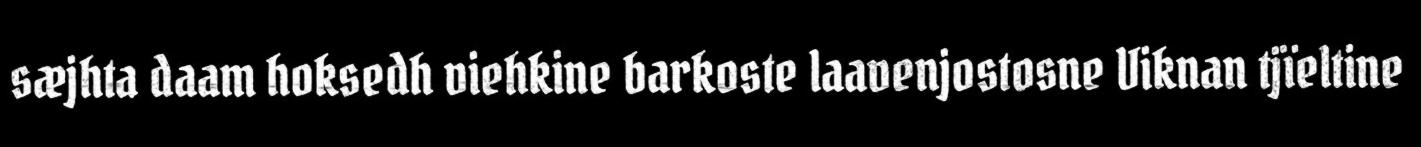
sæjhta daam hoksedh viehkine barkoste laavenjostosne Viknan tjïeltine